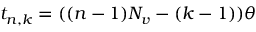
t _ { n , k } = ( ( n - 1 ) N _ { v } - ( k - 1 ) ) \theta